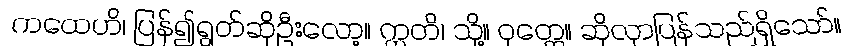
ကထေဟိ၊ ပြန်၍ရွတ်ဆိုဦးလော့။ ဣတိ၊ သို့။ ဝုတ္တေ။ ဆိုလှာပြန်သည်ရှိသော်။